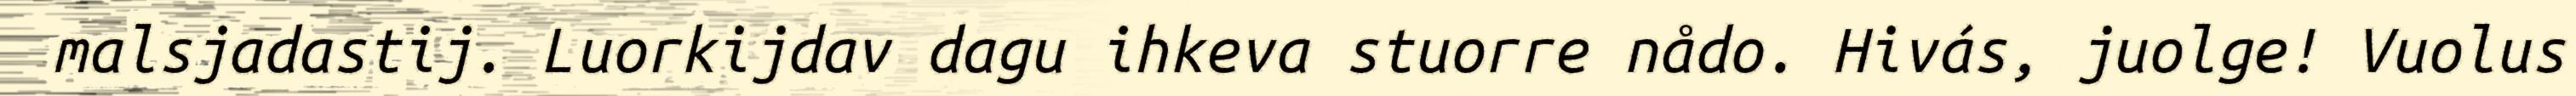
malsjadastij. Luorkijdav dagu ihkeva stuorre nådo. Hivás, juolge! Vuolus